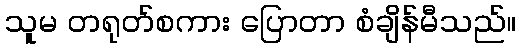
သူမ တရုတ်စကား ပြောတာ စံချိန်မီသည်။